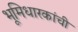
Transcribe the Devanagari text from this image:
भूमिधारकांची